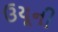
ઉયૂની